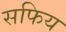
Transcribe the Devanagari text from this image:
सफिय